Janeda_(Ambla)_vallavalitsus, lk 45
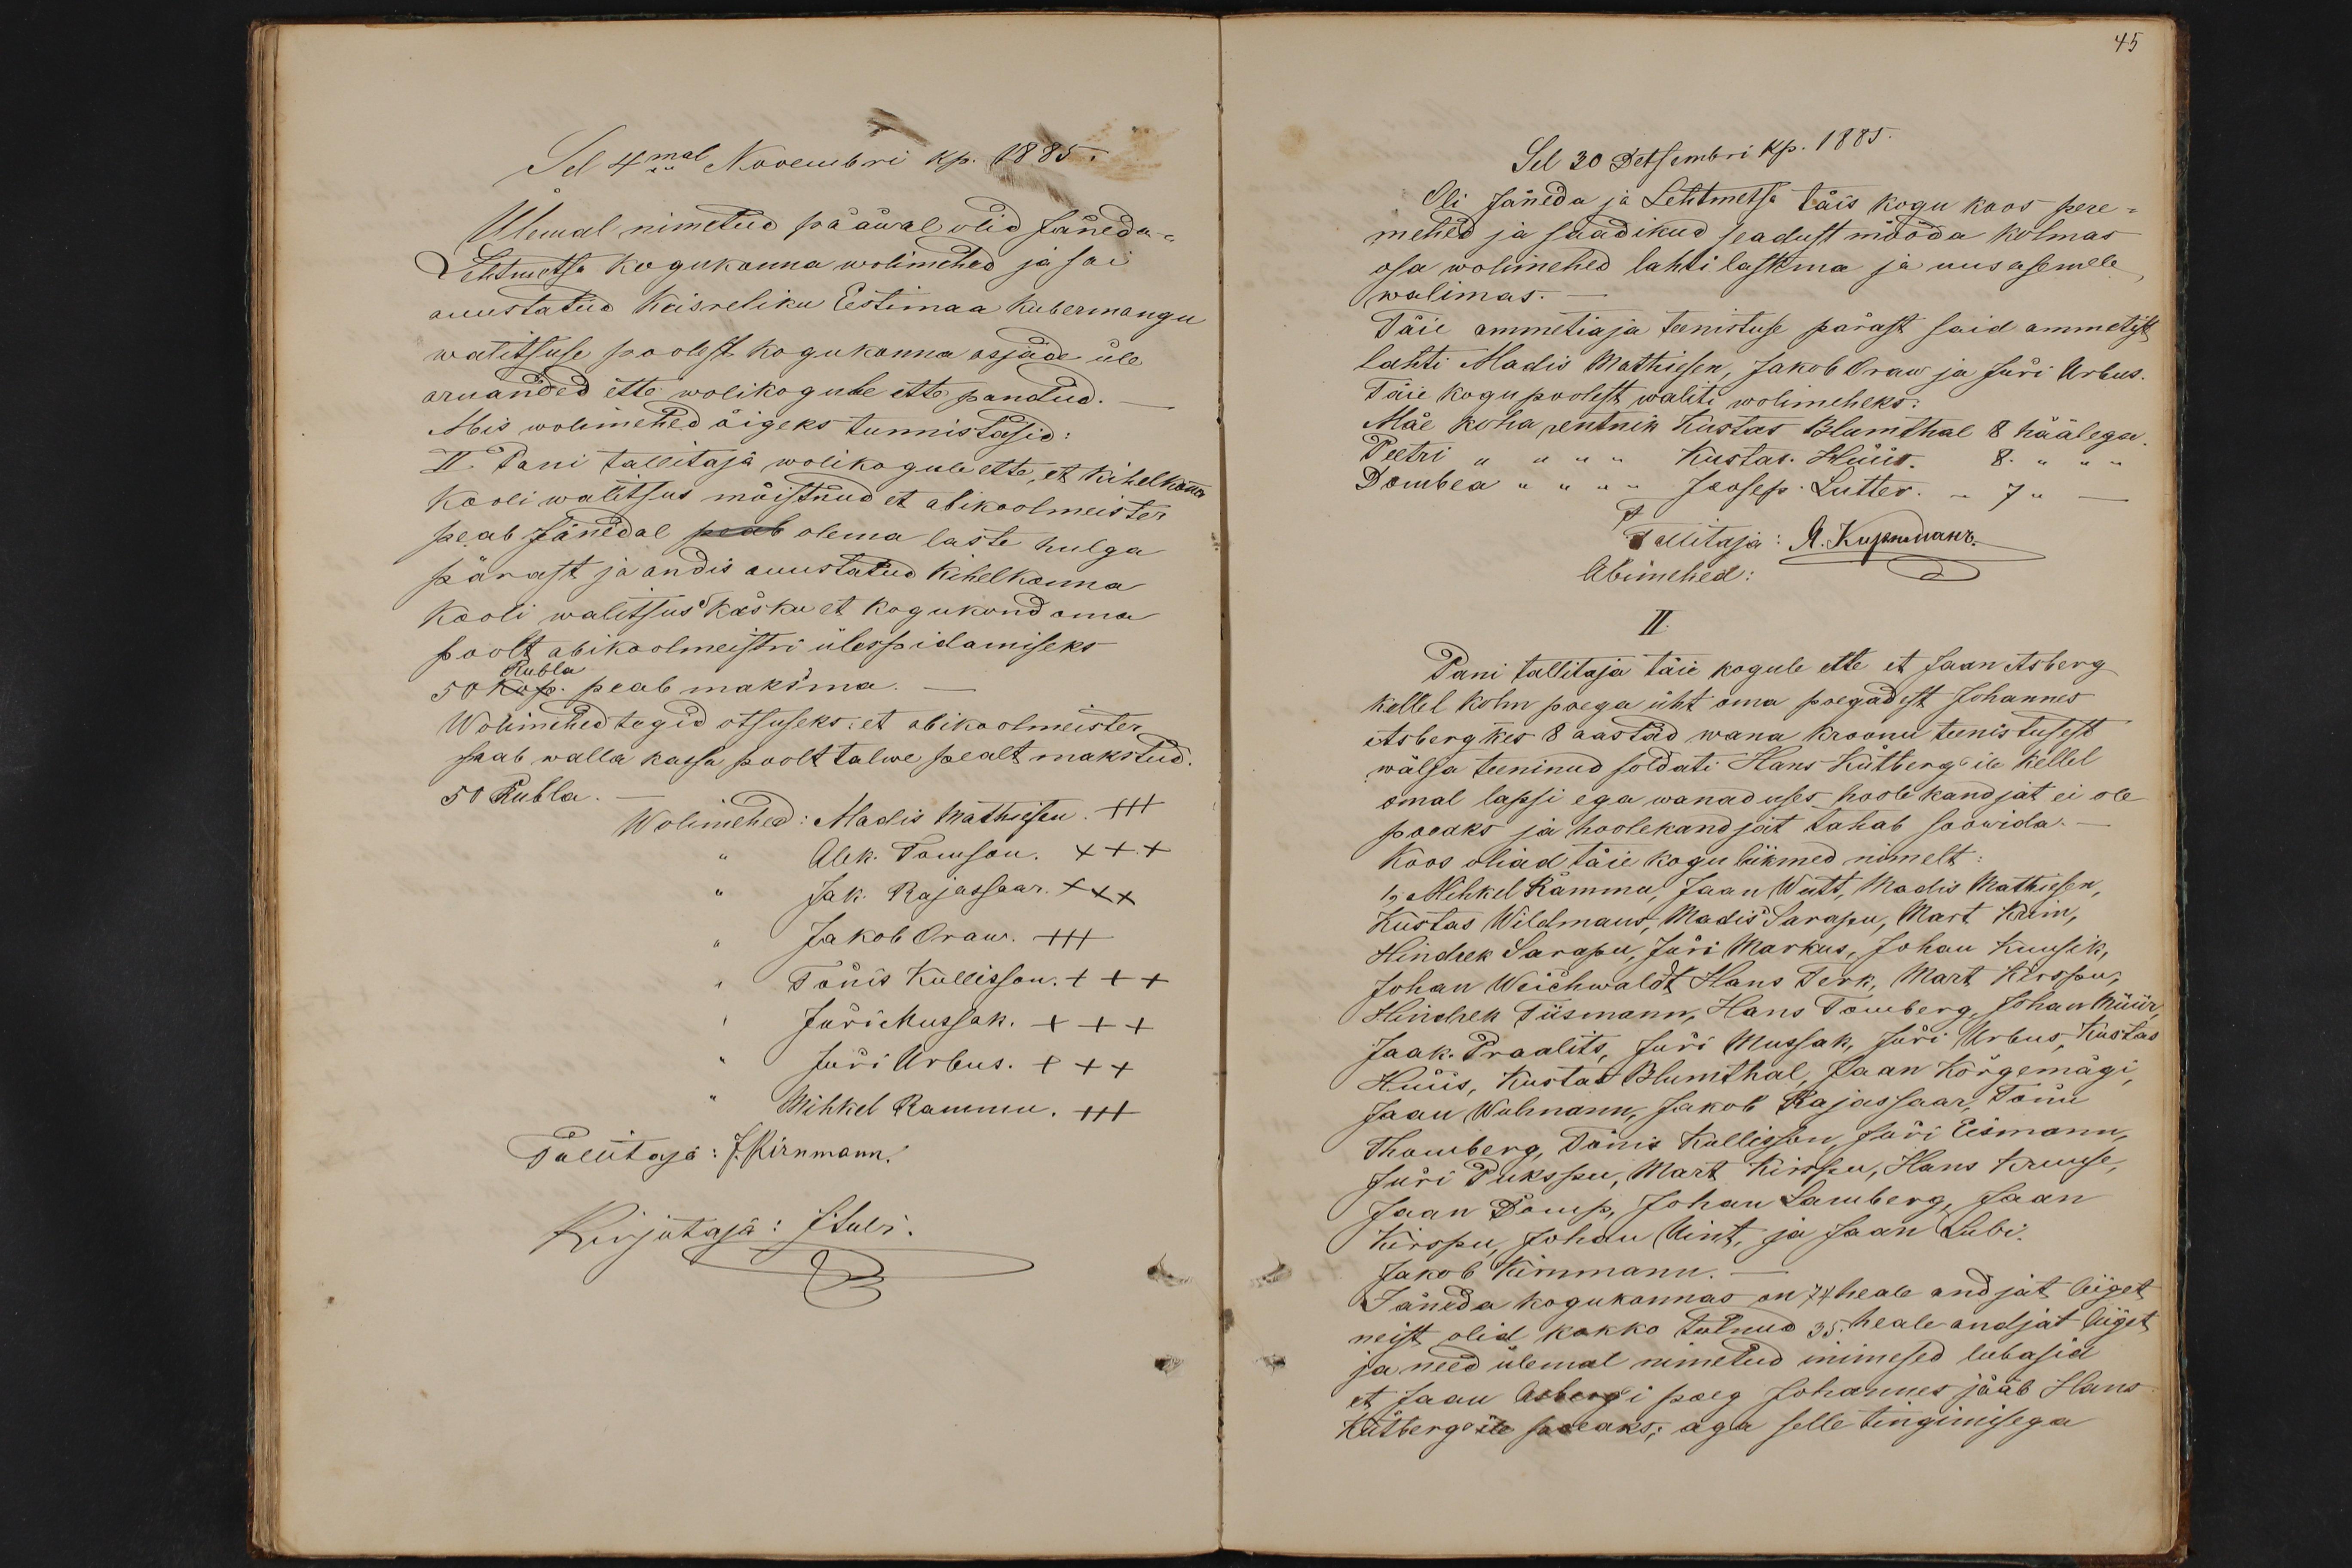
Sel 4mal Novembri kp. 1885.
Ülemal nimetud pääwal olid Jäneda-
Lehtmetsa kogukonna wolimehed ja sai
auustatud Keisreliku Eestimaa Kubermangu
walitsuse poolest kogukonna asjade üle
aruanded ette wolikogule ette pandud.
Mis wolimehed õigeks tunnistasid:
II. Pani tallitaja wolikogule ette, et kihelkonna
kooli walitsus mõistnud et abikoolmeister
peab Jänedal peab olema laste hulga
pärast ja andis auustatud kihelkonna
kooli walitsus käsku et kogukond oma
poolt abikoolmeistri ülespidamiseks
Rubla
50 kop. peab maksma
Wolimehed tegid otsuseks: et abikoolmeister
saab walla kassa poolt talwe pealt makstud.
50 Rubla
Wolimehed: Madis Mathiesen. +++
Alek. Tomson.
Jak. Rajassaar. XXX
Jakob Oraw. +++
Tõnis Kullisson. +++
Jüri Mussak. +++
Jüri Urbus. +++
Mihkel Rammu. +++
Tallitaja: J. Kirnmann.
Kirjutaja: J.Lubi.

45
Sel 30 Detsembri kp. 1885.
Oli Jäneda ja Lehtmetsa täis kogu koos pere-
mehed ja saadikud seadust mööda kolmas
osa wolimehed lahti laskma ja uus asemele
walimas.
Täie ammetiaja teenistuse pärast said ammetist
lahti Madis Mathiesen, Jakob Oraw ja Jüri Urbus.
Täie kogu poolest waliti wolimeheks:
Mäe koha rentnik Kustas Blumthal 8 häälega
Peetri " " " " Kustas. Hüüs. 8. " "
Dombea " " " " Joosep Lutter. - 7 " -
T
Tallitaja: J. Kirnmann
Abimehed:
II.
Pani tallitaja täie kogule ette et Jaan Asberg
kellel kolm poega üht oma poegadest Johannes
Asberg kes 8 aastad wana kroonu teenistusest
wälja teeninud soldati Hans Kütberg'ile kellel
omal lapsi ega wanaduses hoolekandjat ei ole
poeaks ja hoolekandjat tahab soowida.
Koos oliad täie kogu liikmed nimelt:
1, Mihkel Rammu, Jaan Wutt, Madis Mathiesen,
Kustas Wildmaus, Madis Sarapu, Mart Krim,
Hindrek Sarapu, Jüri Markus, Johan Kuusik,
Johan Weichwaldt Hans Tork, Mart Kirspu,
Hindrek Tiismann, Hans Tomberg, Johan Müür
Jaak Praalits, Jüri Mussak, Jüri Urbus, Kustas
Hüüs, Kustas Blumthal, Jaan Kõrgemägi
Jaan Wolmann, Jakob Rajassaar, Tõnu
Thomberg, Tõnis Kullisson, Jüri Eismann,
Jüri Pukspu, Mart Kirspu, Hans Kruuse,
Jaan Domp, Johan Lamberg, Jaan
Kirspu, Johan Uint, ja Jaan Lubi.
Jakob Kirnmann
Jäneda kogukannas on 74 heale andjat liiget
neist olid kokko tulnud 35. heale andjat liiget
ja need ülemal nimetud inimesed lubasid
et Jaan Asberg'i poeg Johannes jääb Hans
Kütberg'ile poeaks; aga selle tingimisega